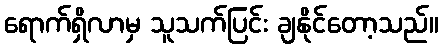
ရောက်ရှိလာမှ သူသက်ပြင်း ချနိုင်တော့သည်။